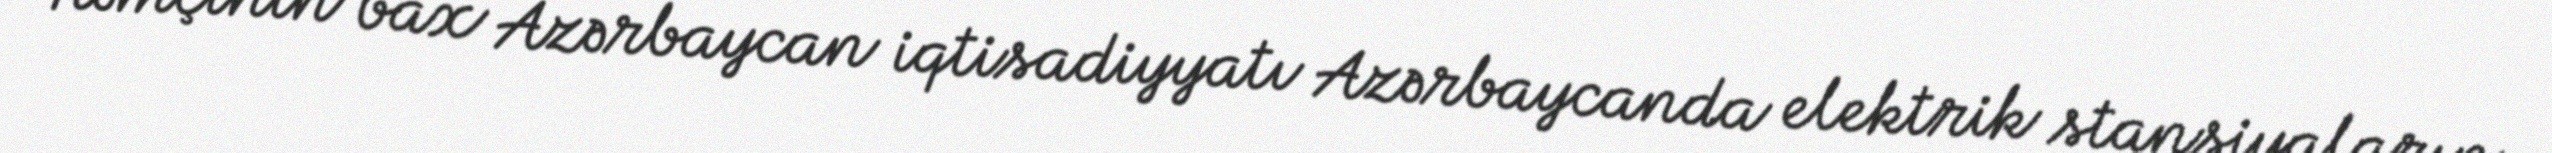
Həmçinin bax Azərbaycan iqtisadiyyatı Azərbaycanda elektrik stansiyaların